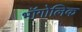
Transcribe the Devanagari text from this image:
भॉगोलिक